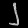
Digit: ၂